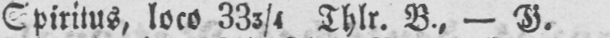
Spiritus, loco 333/4 Thlr. B., - G.